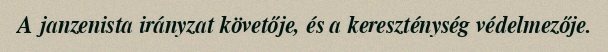
A janzenista irányzat követője, és a kereszténység védelmezője.